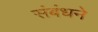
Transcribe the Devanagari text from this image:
संबंधने